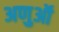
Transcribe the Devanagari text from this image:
अणुऑ